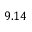
9 . 1 4